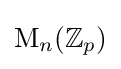
{\text{M}}_{n}(\mathbb {Z} _{p})